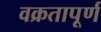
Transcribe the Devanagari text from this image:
वक्रतापूर्ण